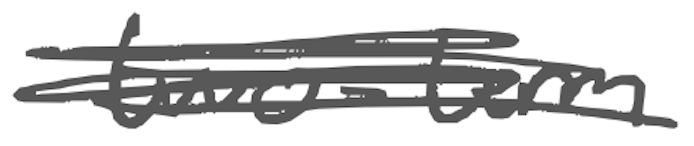
Text: two-term
Cross-out: scratch
Writing tool: digital_gray